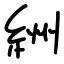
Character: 絒